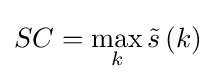
SC=\max _{k}{\tilde {s}}\left(k\right)